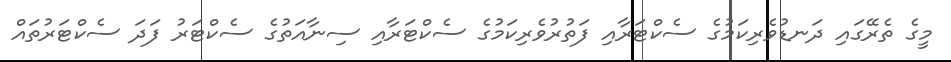
މީގެ ތެރޭގައި ދަނޑުވެރިކަމުގެ ސެކްޓަރާއި ފަތުރުވެރިކަމުގެ ސެކްޓަރާއި ސިނާއަތުގެ ސެކްޓަރު ފަދަ ސެކްޓަރުތައް